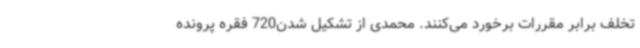
تخلف برابر مقررات برخورد می‌کنند. محمدی از تشکیل شدن720 فقره پرونده